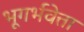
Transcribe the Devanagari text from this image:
भूगर्भवेत्ता